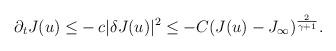
LaTeX: \begin{align*}\partial_{t}J(u)\leq &-c\vert \delta J(u)\vert^{2}\leq -C (J(u)-J_{\infty})^{\frac{2}{\gamma+1}}.\end{align*}